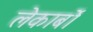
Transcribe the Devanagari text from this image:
लेकार्बों